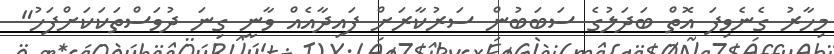
މިހާރު ގެނެވިފަ އޮތް ބަދަލުގެ ސަބަބުން ސަރުކާރަށް ފައިދާއެއް ވާނީ ގިނަ ދުވަސްތަކަކަށްފަހު"